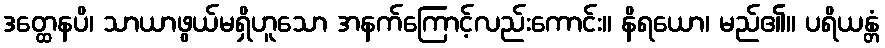
ဒတ္ထေနပိ၊ သာယာဖွယ်မရှိဟူသော အနက်ကြောင့်လည်းကောင်း။ နိရယော၊ မည်၏။ ပရိယန္တံ